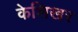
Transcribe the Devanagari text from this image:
केशिखर